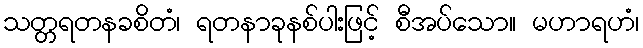
သတ္တရတနခစိတံ၊ ရတနာခုနစ်ပါးဖြင့် စီအပ်သော။ မဟာရဟံ၊